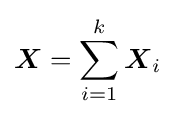
{\boldsymbol {X}}=\sum _{i=1}^{k}{\boldsymbol {X}}_{i}